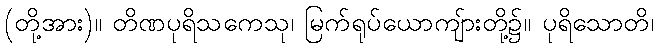
(တို့အား)။ တိဏပုရိသကေသု၊ မြက်ရုပ်ယောကျ်ားတို့၌။ ပုရိသောတိ၊